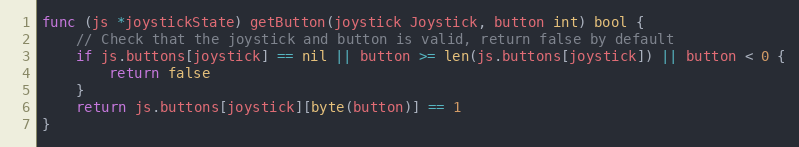
Language: Go
func (js *joystickState) getButton(joystick Joystick, button int) bool {
	// Check that the joystick and button is valid, return false by default
	if js.buttons[joystick] == nil || button >= len(js.buttons[joystick]) || button < 0 {
		return false
	}
	return js.buttons[joystick][byte(button)] == 1
}